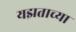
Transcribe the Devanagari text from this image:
यझताच्या